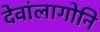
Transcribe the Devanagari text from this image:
देवांलागोनि